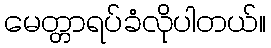
မေတ္တာရပ်ခံလိုပါတယ်။